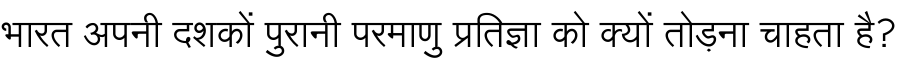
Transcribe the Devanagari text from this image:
भारत अपनी दशकों पुरानी परमाणु प्रतिज्ञा को क्यों तोड़ना चाहता है?